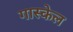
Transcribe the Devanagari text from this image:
गास्केल